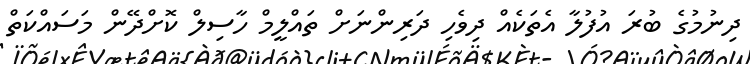
ދިނުމުގެ ބުރަ އުފުލާ އެތަކެއް ދިވެހި ދަރިންނަށް ތައްލީމް ހާސިލް ކޮށްދޭން މަސައްކަތް